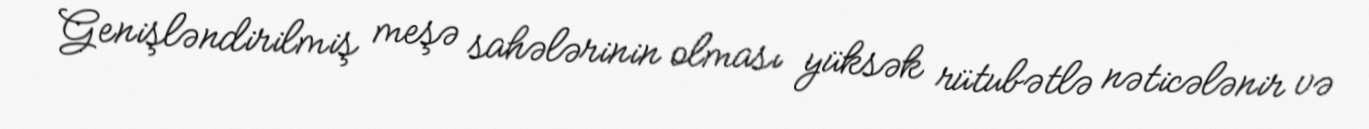
Genişləndirilmiş meşə sahələrinin olması yüksək rütubətlə nəticələnir və